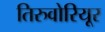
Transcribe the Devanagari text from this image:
तिरुवोरियूर